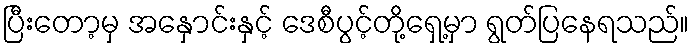
ပြီးတော့မှ အနှောင်းနှင့် ဒေစီပွင့်တို့ရှေ့မှာ ရွတ်ပြနေရသည်။